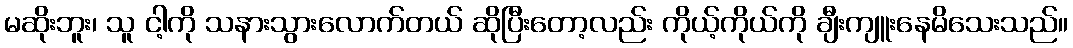
မဆိုးဘူး၊ သူ ငါ့ကို သနားသွားလောက်တယ် ဆိုပြီးတော့လည်း ကိုယ့်ကိုယ်ကို ချီးကျူးနေမိသေးသည်။